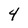
Character: 4